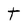
Character: T